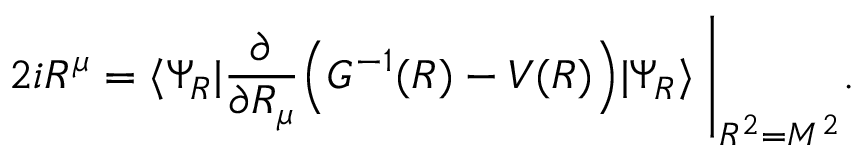
2 i R ^ { \mu } = \langle \Psi _ { R } | \frac { \partial } { \partial R _ { \mu } } \Big ( G ^ { - 1 } ( R ) - V ( R ) \Big ) | \Psi _ { R } \rangle \; \Bigg | _ { R ^ { 2 } = M ^ { 2 } } .